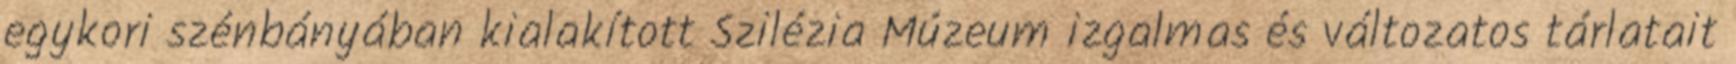
egykori szénbányában kialakított Szilézia Múzeum izgalmas és változatos tárlatait